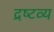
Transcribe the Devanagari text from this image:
द्रष्‍टव्‍य